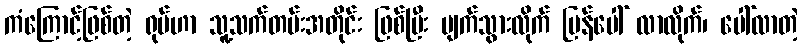
ကံကြောင့်ဖြစ်တဲ့ ရုပ်ဟာ သူ့သက်တမ်းအတိုင်း ဖြစ်ပြီး ပျက်သွားလိုက် ပြန်ပေါ် လာလိုက်၊ ပေါ်လာတဲ့